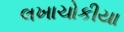
લખાચોકીયા